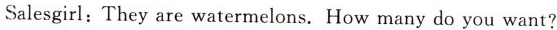
Salesgirl:They are watermelons.How many do you want?